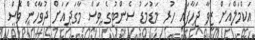
އަކްމަލްއަށް ޒީވާ ޖަހާފައި ހުރި މަޑުމަޑު ސެންޓުގެ ވަސް މާގަދައަށް ދުވާހެން ވެސް